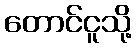
တောင်ငူသို့